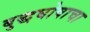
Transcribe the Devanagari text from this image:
बुद्धघोषाचा